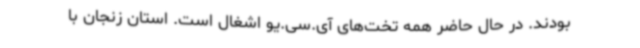
بودند. در حال حاضر همه تخت‌های آی.سی.یو اشغال است. استان زنجان با